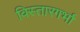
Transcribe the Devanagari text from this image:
विस्तारगर्भा